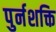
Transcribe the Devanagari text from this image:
पुर्नशक्ति